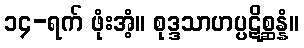
၁၄-ရက် ဖုံးအံ့။ စုဒ္ဒသာဟပ္ပဋိစ္ဆန္နံ။